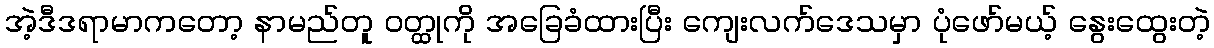
အဲ့ဒီဒရာမာကတော့ နာမည်တူ ဝတ္ထုကို အခြေခံထားပြီး ကျေးလက်ဒေသမှာ ပုံဖော်မယ့် နွေးထွေးတဲ့